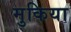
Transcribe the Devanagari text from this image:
मुकिया